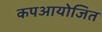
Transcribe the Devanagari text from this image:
कपआयोजित